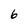
Character: 6